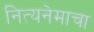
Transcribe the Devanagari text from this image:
नित्यनेमाचा